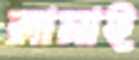
লাসাই